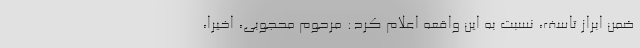
ضمن ابراز تاسف، نسبت به این واقعه اعلام کرد: مرحوم محجوبی، اخیرا،